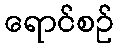
ရောင်စဉ်